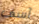
آسف